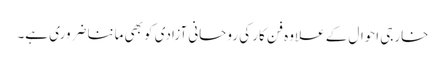
خارجی احوال کے علاوہ فن کار کی روحانی آزادی کو بھی ماننا ضروری ہے۔